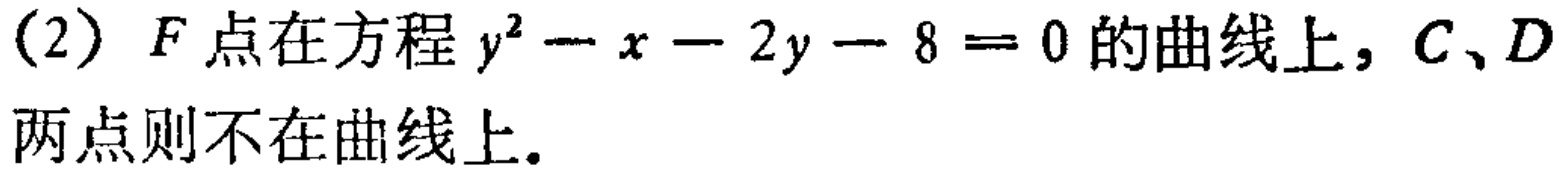
(2) \(F\)点在方程\(y^{2}-x - 2y - 8 = 0\)的曲线上，\(C、D\)两点则不在曲线上。